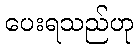
ပေးရသည်ဟု